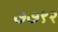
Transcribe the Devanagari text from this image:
७७९२